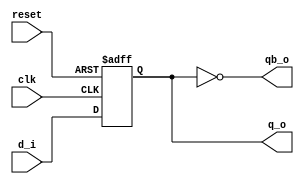
module d_ff (clk,reset,d_i,q_o,qb_o);
input clk, reset, d_i;
output q_o,qb_o;
reg q_o;
always@ (posedge clk or negedge reset)
begin
	if (~reset)
	   q_o <=0;
	else
	   q_o <=d_i;
end
assign qb_o =~ q_o;
endmodule